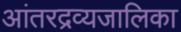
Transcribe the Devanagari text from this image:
आंतरद्रव्यजालिका